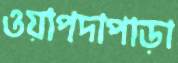
ওয়াপদাপাড়া